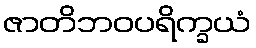
ဇာတိဘဝပရိက္ခယံ